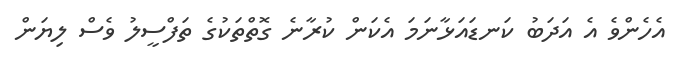
އެހެންވެ އެ އަދަބު ކަނޑައަޅާނަމަ އެކަން ކުރާނެ ގޮތްތަކުގެ ތަފްސީލު ވެސް ލިޔަން